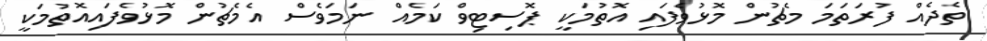
ތެދެއް ފުރަތަމަ މެޗުން މޮޅުވެފައި އޮތުމަކީ ޕޮސިޓިވް ކަމެއް ނަމަވެސް އެމެޗުން މޮޅުވެފައިއޮތުމަކީ